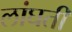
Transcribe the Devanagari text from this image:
लांघती